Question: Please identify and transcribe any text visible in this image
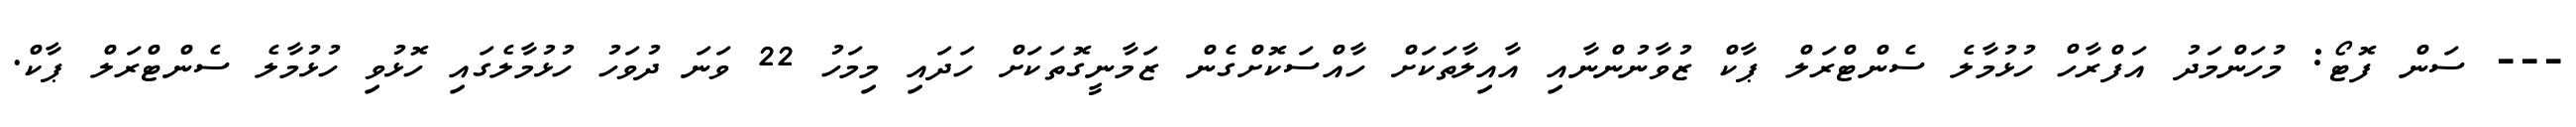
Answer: --- ސަން ފޮޓޯ: މުހަންމަދު އަފްރާހް ހުޅުމާލެ ސެންޓްރަލް ޕާކް ޒުވާނުންނާއި އާއިލާތަކަށް ހާއްސަކޮށްގެން ޒަމާނީގޮތަކަށް ހަދައި މިމަހު 22 ވަނަ ދުވަހު ހުޅުމާލެގައި ހޮޅުވި ހުޅުމާލެ ސެންޓްރަލް ޕާކް.